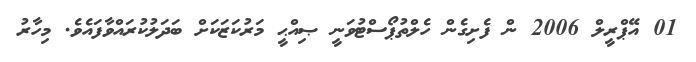
01 އޭޕްރީލް 2006 ން ފެށިގެން ހެލްތުޕޯސްޓުވަނީ ޞިއްޙީ މަރުކަޒަކަށް ބަދަލުކުރައްވާފައެވެ. މިހާރު